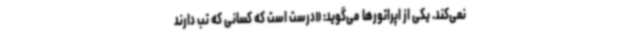
نمی‌کند. یکی از اپراتورها می‌گوید: «درست است که کسانی که تب دارند